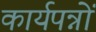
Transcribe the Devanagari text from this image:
कार्यपन्नों